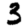
Digit: 3